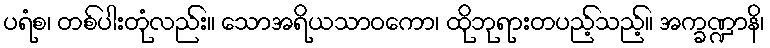
ပရံစ၊ တစ်ပါးတုံလည်း။ သောအရိယသာဝကော၊ ထိုဘုရားတပည့်သည့်။ အက္ခဏ္ဍာနိ၊